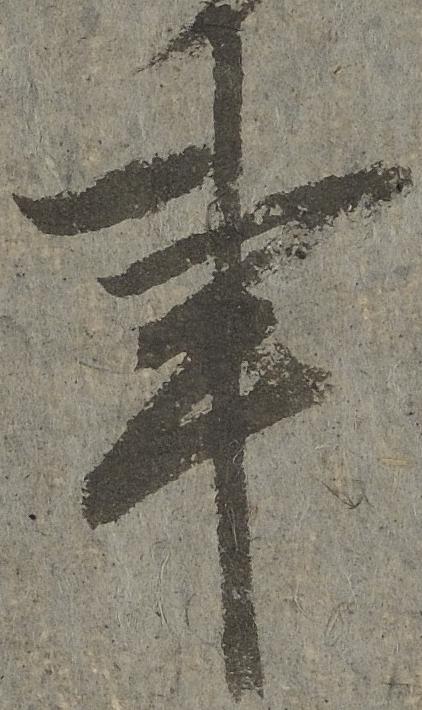
事